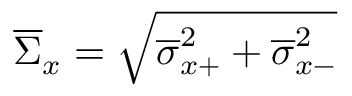
\overline { { \Sigma } } _ { x } = \sqrt { \overline { { \sigma } } _ { x + } ^ { 2 } + \overline { { \sigma } } _ { x - } ^ { 2 } }